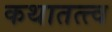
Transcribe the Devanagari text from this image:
कथातत्त्व